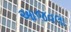
આજવલા